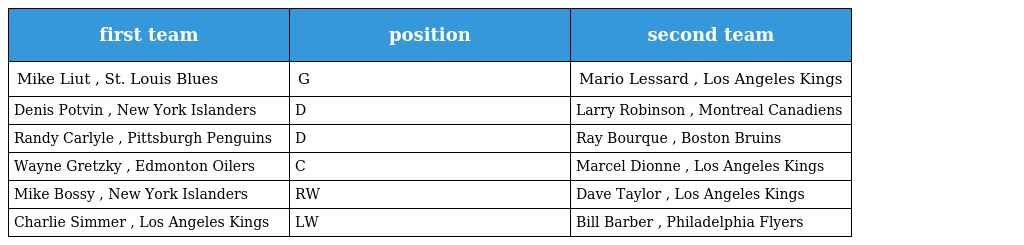
| first team | position | second team |
 | --- | --- | --- |
 | Mike Liut , St. Louis Blues | G | Mario Lessard , Los Angeles Kings |
 | Denis Potvin , New York Islanders | D | Larry Robinson , Montreal Canadiens |
 | Randy Carlyle , Pittsburgh Penguins | D | Ray Bourque , Boston Bruins |
 | Wayne Gretzky , Edmonton Oilers | C | Marcel Dionne , Los Angeles Kings |
 | Mike Bossy , New York Islanders | RW | Dave Taylor , Los Angeles Kings |
 | Charlie Simmer , Los Angeles Kings | LW | Bill Barber , Philadelphia Flyers |